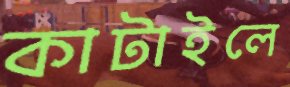
কাটাইলে